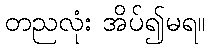
တညလုံး အိပ်၍မရ။